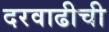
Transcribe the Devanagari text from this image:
दरवाढीची